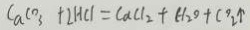
C a C O _ { 3 } + 2 H C l = C a C l _ { 2 } + H _ { 2 } O + C O _ { 2 } \uparrow